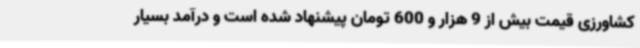
کشاورزی قیمت بیش از 9 هزار و 600 تومان پیشنهاد شده است و درآمد بسیار